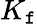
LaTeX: K_{\mathtt{f}}